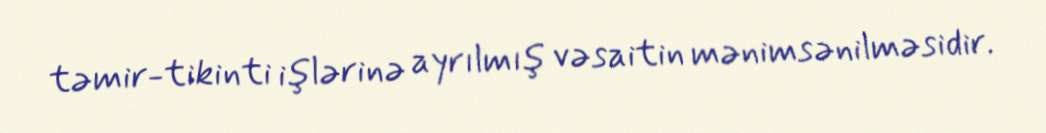
təmir-tikinti işlərinə ayrılmış vəsaitin mənimsənilməsidir.